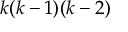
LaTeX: k ( k - 1 ) ( k - 2 )